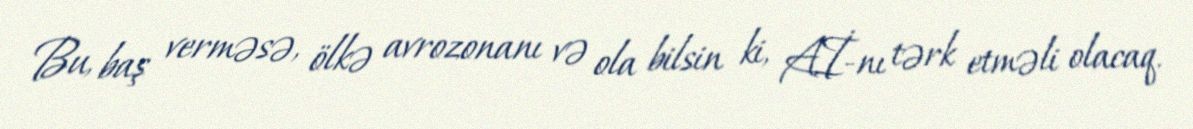
Bu, baş verməsə, ölkə avrozonanı və ola bilsin ki, Aİ-nı tərk etməli olacaq.